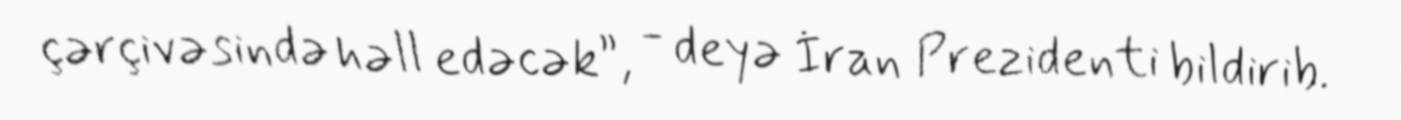
çərçivəsində həll edəcək”, - deyə İran Prezidenti bildirib.